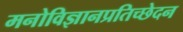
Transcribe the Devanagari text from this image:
मनोविज्ञानप्रतिच्छेदन